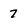
Character: 7